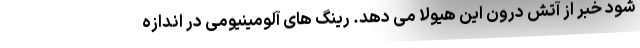
شود خبر از آتش درون این هیولا می دهد. رینگ های آلومینیومی در اندازه